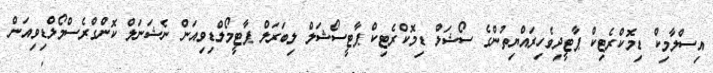
އިސްލާމިކް ޑިމޮކްރެޓިކް ޕާޓީދިވެހިރައްޔިތުންގެ ސޯޝަލް ޑިމޮކްރެޓިކް ޕާޓީސޯޝަލް ލިބަރަލް ޕާޓީމޯލްޑިވިއަން ނެޝަނަލް ކޮންގްރެސްމޯލްޑިވިއަން